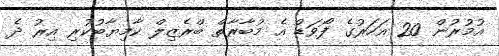
އުމުރުން 20 އަހަރުގެ ފޯވަޑް އެ މުބާރާތް ބްރެޒިލް ކާމިޔާބުކުރި އިރު ދެ